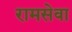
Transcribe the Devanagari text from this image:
रामसेवा